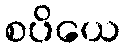
စပိယေ